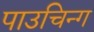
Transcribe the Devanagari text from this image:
पाउचिन्ग